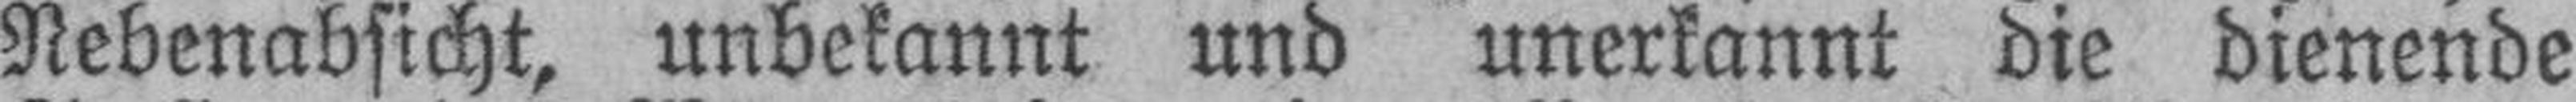
Nebenabsicht, unbekannt und unerkannt die dienende